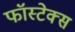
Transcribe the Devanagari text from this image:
फॉस्टेक्स